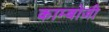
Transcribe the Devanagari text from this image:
काम्बोजी